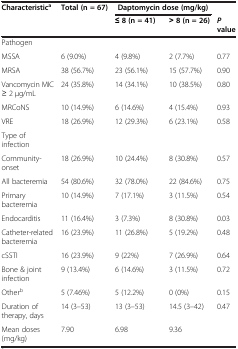
| <ROWSPAN=2> Characteristica | <ROWSPAN=2> Total (n = 67) | <COLSPAN=2> Daptomycin dose (mg/kg) |  |
 | ≤ 8 (n = 41) | > 8 (n = 26) | P value |
 | --- | --- | --- | --- | --- |
 | Pathogen |  |  |  |  |
 | MSSA | 6 (9.0%) | 4 (9.8%) | 2 (7.7%) | 0.77 |
 | MRSA | 38 (56.7%) | 23 (56.1%) | 15 (57.7%) | 0.90 |
 | Vancomycin MIC ≥ 2 μg/mL | 24 (35.8%) | 14 (34.1%) | 10 (38.5%) | 0.80 |
 | MRCoNS | 10 (14.9%) | 6 (14.6%) | 4 (15.4%) | 0.93 |
 | VRE | 18 (26.9%) | 12 (29.3%) | 6 (23.1%) | 0.58 |
 | Type of infection |  |  |  |  |
 | Community-onset | 18 (26.9%) | 10 (24.4%) | 8 (30.8%) | 0.57 |
 | All bacteremia | 54 (80.6%) | 32 (78.0%) | 22 (84.6%) | 0.75 |
 | Primary bacteremia | 10 (14.9%) | 7 (17.1%) | 3 (11.5%) | 0.54 |
 | Endocarditis | 11 (16.4%) | 3 (7.3%) | 8 (30.8%) | 0.03 |
 | Catheter-related bacteremia | 16 (23.9%) | 11 (26.8%) | 5 (19.2%) | 0.48 |
 | cSSTI | 16 (23.9%) | 9 (22%) | 7 (26.9%) | 0.64 |
 | Bone & joint infection | 9 (13.4%) | 6 (14.6%) | 3 (11.5%) | 0.72 |
 | Otherb | 5 (7.46%) | 5 (12.2%) | 0 (0%) | 0.15 |
 | Duration of therapy, days | 14 (3–53) | 13 (3–53) | 14.5 (3–42) | 0.47 |
 | Mean doses (mg/kg) | 7.90 | 6.98 | 9.36 |  |